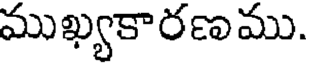
ముఖ్యకారణము.